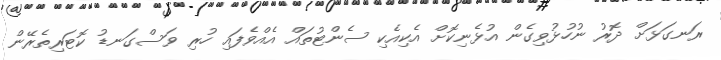
ރަނގަޅަށް ދޮރު ނުހުޅުވިގެން އުޅެނިކޮށް އެކިއެކި ސެންޓުތައް އެއްވެފައި ހުރި ވަސްގަނޑު ކޮޓަރިތެރޭން